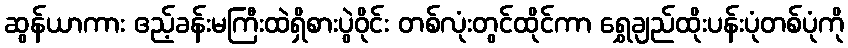
ဆွန်ယာကား ဧည့်ခန်းမကြီးထဲရှိစားပွဲဝိုင်း တစ်လုံးတွင်ထိုင်ကာ ရွှေချည်ထိုးပန်းပုံတစ်ပုံကို